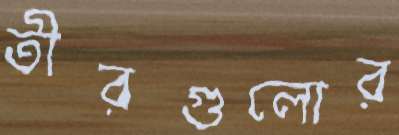
তীরগুলোর